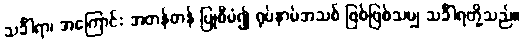
သင်္ခါရာ၊ အကြောင်း အတန်တန် ပြုစီမံ၍ ရုပ်နာမ်အသစ် ဖြစ်ဖြစ်သမျှ သင်္ခါရတို့သည်။